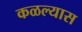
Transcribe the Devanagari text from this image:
कळल्यास